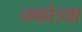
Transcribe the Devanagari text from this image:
चकोत्र्या